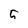
Character: 5